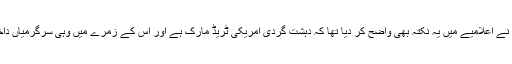
شاید واقفان حالات کو یاد ہو کہ مولانا فضل الرحمن نے اعلامیے میں یہ نکتہ بھی واضح کر دیا تھا کہ دہشت گردی امریکی ٹریڈ مارک ہے اور اس کے زمرے میں وہی سرگرمیاں داخل ہیں جن میں امریکی مفادات کو نشانہ بنایا جائے۔